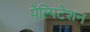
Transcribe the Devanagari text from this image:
पेल्पिटेशन